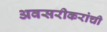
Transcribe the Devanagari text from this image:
अवसरीकरांची